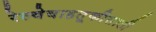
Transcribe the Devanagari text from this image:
रेल्वेवाहतूकीसाठी